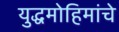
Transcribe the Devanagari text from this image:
युद्धमोहिमांचे